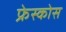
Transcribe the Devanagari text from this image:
फ्रेस्कोस